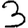
Digit: 3